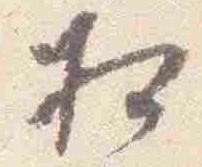
相